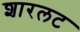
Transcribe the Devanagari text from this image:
शारलट